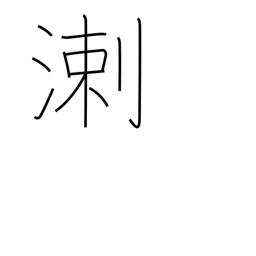
Meaning: biased